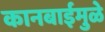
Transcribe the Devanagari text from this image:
कानबाईमुळे